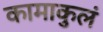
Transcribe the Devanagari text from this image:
कामाकुलं